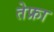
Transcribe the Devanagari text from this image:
तेफ्रा